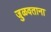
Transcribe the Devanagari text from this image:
जुळवताना